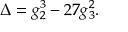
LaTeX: \Delta = g _ { 2 } ^ { 3 } - 2 7 g _ { 3 } ^ { 2 } .